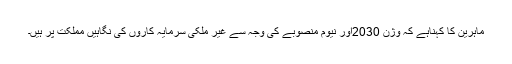
ماہرین کا کہناہے کہ وژن 2030اور نیوم منصوبے کی وجہ سے غیر ملکی سرمایہ کاروں کی نگاہیں مملکت پر ہیں۔